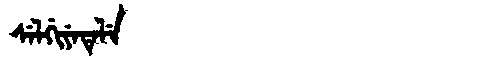
Manchu: ᠰᡝᠯᡤᡳᠶᡝᡨᡝᠯᡝ
Romanization: SELGIYETELE